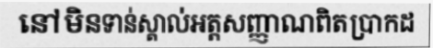
នៅមិនទាន់ស្គាល់អត្តសញ្ញាណពិតប្រាកដ